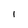
Character: I